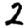
Digit: 2